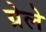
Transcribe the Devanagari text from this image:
ग्रेले